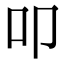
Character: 叩